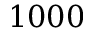
1 0 0 0